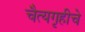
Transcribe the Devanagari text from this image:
चैत्यगृहीचे